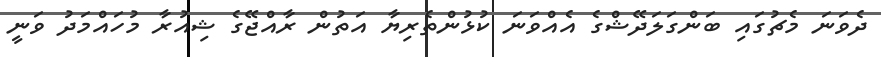
ދެވަނަ މެޗުގައި ބަންގަލަދޭޝްގެ އެއްވަނަ ކުޅުންތެރިޔާ އަތުން ރާއްޖޭގެ ޝިއުރާ މުހައްމަދު ވަނީ